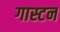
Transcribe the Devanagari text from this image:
गास्टन